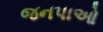
જનપાઓ